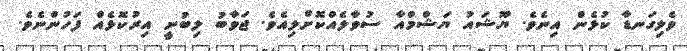
ވެލިގަނޑާ ކުޅެން އިނެވެ. ޔޫޝައު ޔަޝްމްއާ ސުވާލެއްކޮށްލިއެވެ. ޖަވާބު ލިބުނީ އިރުކޮޅެއް ފަހުންނެވެ.